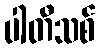
ပါတီသစ်